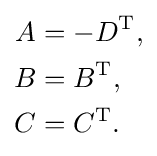
{\begin{aligned}A&=-D^{\mathrm {T} },\\B&=B^{\mathrm {T} },\\C&=C^{\mathrm {T} }.\end{aligned}}